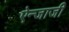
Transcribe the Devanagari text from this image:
ऐन्जाजी